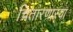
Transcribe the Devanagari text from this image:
चितारणाऱ्या